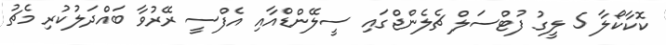
ކޮކާކޯލާ 5 ލީގު ފުޓްސަލް ޗެލެންޖްގައި ސީލޭންޑްއާއި އެފްސީ ރޭރުވާ ބައްދަލުކުރި މެޗު